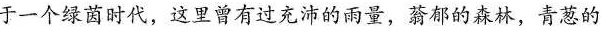
于一个绿菌时代，这里曾有过充沛的雨量，蓊郁的森林，青葱 的